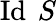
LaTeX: \operatorname{Id}\ S